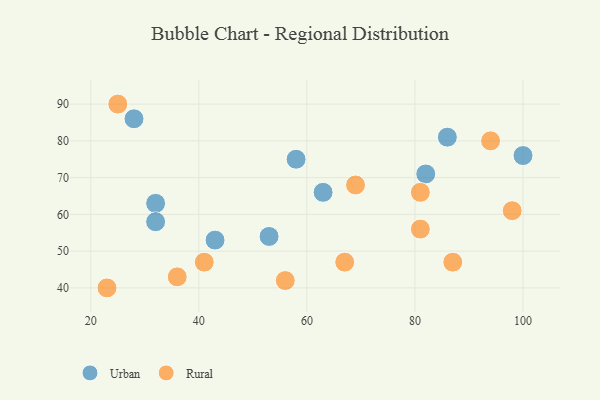
{"axis": {"x": "GDP", "y": "Life Expectancy"}, "legend": ["Rural", "Urban"], "data": [{"x": "43", "y": 53, "type": "Urban"}, {"x": "53", "y": 54, "type": "Urban"}, {"x": "58", "y": 75, "type": "Urban"}, {"x": "63", "y": 66, "type": "Urban"}, {"x": "32", "y": 63, "type": "Urban"}, {"x": "86", "y": 81, "type": "Urban"}, {"x": "32", "y": 58, "type": "Urban"}, {"x": "82", "y": 71, "type": "Urban"}, {"x": "28", "y": 86, "type": "Urban"}, {"x": "100", "y": 76, "type": "Urban"}, {"x": "69", "y": 68, "type": "Rural"}, {"x": "94", "y": 80, "type": "Rural"}, {"x": "81", "y": 56, "type": "Rural"}, {"x": "67", "y": 47, "type": "Rural"}, {"x": "98", "y": 61, "type": "Rural"}, {"x": "81", "y": 66, "type": "Rural"}, {"x": "25", "y": 90, "type": "Rural"}, {"x": "23", "y": 40, "type": "Rural"}, {"x": "41", "y": 47, "type": "Rural"}, {"x": "87", "y": 47, "type": "Rural"}, {"x": "56", "y": 42, "type": "Rural"}, {"x": "36", "y": 43, "type": "Rural"}]}